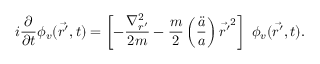
i \frac { \partial } { \partial t } \phi _ { v } ( \vec { r ^ { \prime } } , t ) = \left[ - \frac { { \nabla } _ { r ^ { \prime } } ^ { 2 } } { 2 m } - \frac { m } { 2 } \left( \frac { \ddot { a } } { a } \right) { \vec { r ^ { \prime } } } ^ { 2 } \right] \ \phi _ { v } ( \vec { r ^ { \prime } } , t ) .